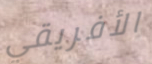
الأفريقي